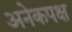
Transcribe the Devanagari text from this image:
अनेकपक्ष